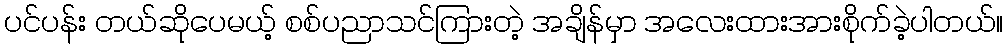
ပင်ပန်း တယ်ဆိုပေမယ့် စစ်ပညာသင်ကြားတဲ့ အချိန်မှာ အလေးထားအားစိုက်ခဲ့ပါတယ်။